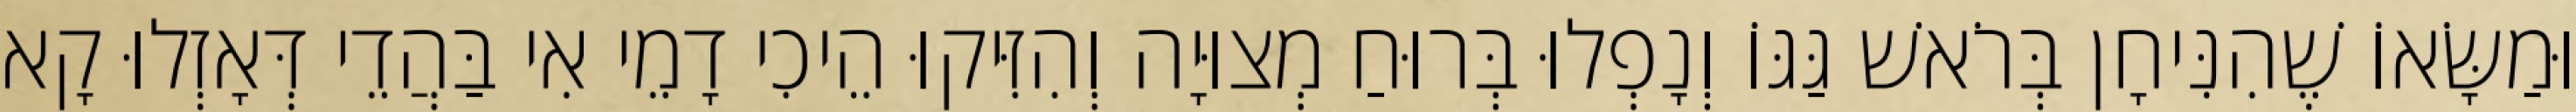
וּמַשָּׂאוֹ שֶׁהִנִּיחָן בְּרֹאשׁ גַּגּוֹ וְנָפְלוּ בְּרוּחַ מְצוּיָה וְהִזִּיקוּ הֵיכִי דָמֵי אִי בַּהֲדֵי דְּאָזְלוּ קָא